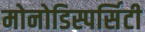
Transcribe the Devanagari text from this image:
मोनोडिस्पर्सिटी